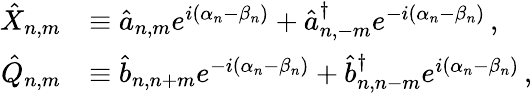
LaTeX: \begin{array}{rl}{\hat{X}_{n,m}}&{\equiv\hat{a}_{n,m}e^{i(\alpha_{n}-\beta_{n})}+\hat{a}_{n,-m}^{\dagger}e^{-i(\alpha_{n}-\beta_{n})}\, ,}\\ {\hat{Q}_{n,m}}&{\equiv\hat{b}_{n,n+m}e^{-i(\alpha_{n}-\beta_{n})}+\hat{b}_{n,n-m}^{\dagger}e^{i(\alpha_{n}-\beta_{n})}\, ,}\end{array}